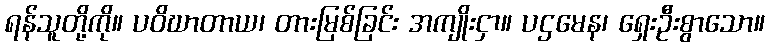
ရန်သူတို့ကို။ ပဝိဃာတာယ၊ တားမြစ်ခြင်း အကျိုးငှာ။ ပဌမေန၊ ရှေးဦးစွာသော။